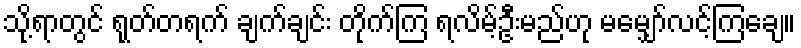
သို့ရာတွင် ရုတ်တရက် ချက်ချင်း တိုက်ကြ ရလိမ့်ဦးမည်ဟု မမျှော်လင့်ကြချေ။